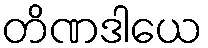
တိဏဒါယေ